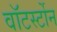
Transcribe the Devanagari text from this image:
वाॅटर्स्टोन